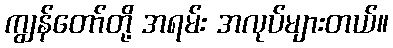
ကျွန်တော်တို့ အရမ်း အလုပ်များတယ်။